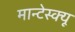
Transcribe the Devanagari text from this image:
मान्टेस्क्यू